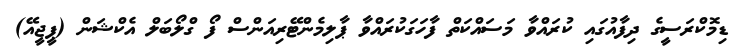
ޑިމޮކްރަސީގެ ދިފާއުގައި ކުރައްވާ މަސައްކަތް ފާހަގަކުރައްވާ ޕާލިމެންޓޭރިއަންސް ފޯ ގްލޯބަލް އެކްޝަން (ޕީޖީއޭ)